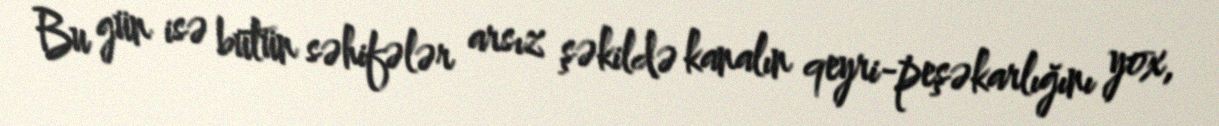
Bu gün isə bütün səhifələr arsız şəkildə kanalın qeyri-peşəkarlığını yox,